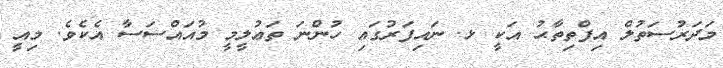
މަދަރުސަތުލް އިފްތިތާޙު އަކީ ޅ. ނައިފަރުގައި ހުންނަ ތަޢުލީމީ މުއައްސަސާ އެކެވެ. މިއީ